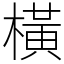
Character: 橫